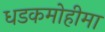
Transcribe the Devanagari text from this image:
धडकमोहीमा